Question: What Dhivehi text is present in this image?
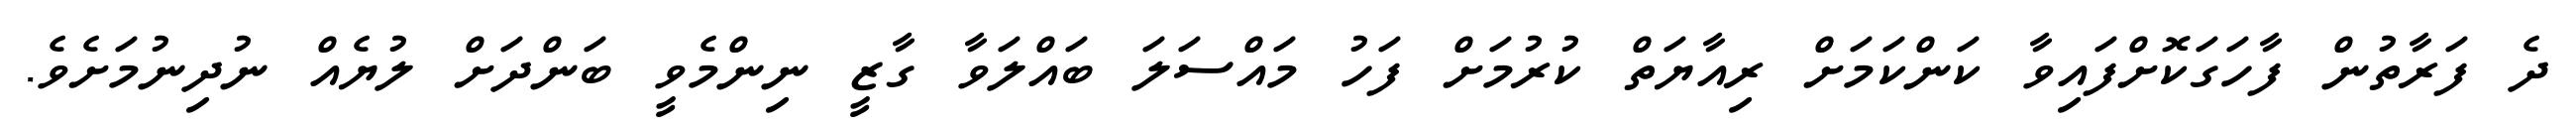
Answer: ދެ ފަރާތުން ފާހަގަކޮށްފައިވާ ކަންކަމަށް ރިއާޔަތް ކުރުމަށް ފަހު މައްސަލަ ބައްލަވާ ގާޒީ ނިންމެވީ ބަންދަށް ލުޔެއް ނުދިނުމަށެވެ.